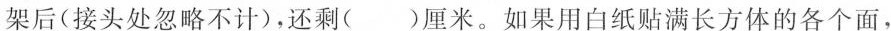
架后(接头处忽略不计)，还剩()厘米。如果用白纸贴满长方体的各个面，